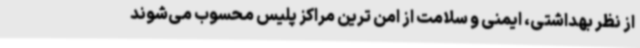
از نظر بهداشتی، ایمنی و سلامت از امن ترین مراکز پلیس محسوب می‌شوند